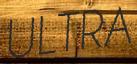
ULTRA